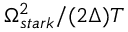
\Omega _ { s t a r k } ^ { 2 } / ( 2 \Delta ) T